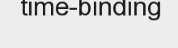
time-binding